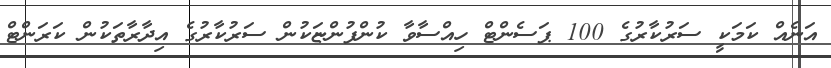
އަނެއް ކަމަކީ ސަރުކާރުގެ 100 ޕަސެންޓް ހިއްސާވާ ކުންފުންޏަކުން ސަރުކާރުގެ އިދާރާތަކުން ކަރަންޓް